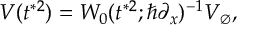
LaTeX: V ( t ^ { * 2 } ) = W _ { 0 } ( t ^ { * 2 } ; \hbar \partial _ { x } ) ^ { - 1 } V _ { \emptyset } ,